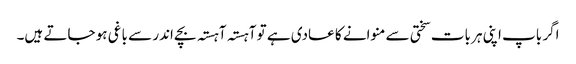
اگر باپ اپنی ہر بات سختی سے منوانے کا عادی ہے تو آہستہ آہستہ بچے اندر سے باغی ہو جاتے ہیں۔